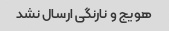
هویج و نارنگی ارسال نشد